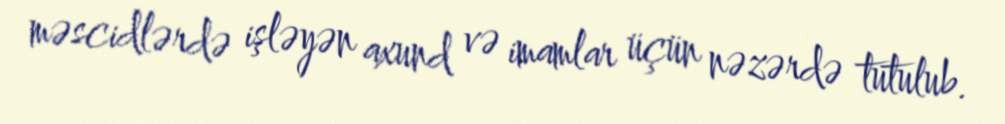
məscidlərdə işləyən axund və imamlar üçün nəzərdə tutulub.